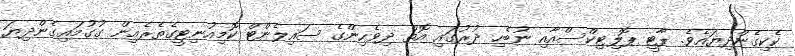
ކެކިގެންދިޔައެވެ. ޕާޓީ ޕޮލިޓިކްސްއާއި ނުބެހި ދުރުގައި އޮތް ދިވެހިންގެ ސައިލެންޓް ކޮމިއުނިޓީގެތެރެއިން ގުގުމައިގެންދިޔަ